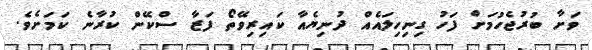
ވަށާ ބުރުޖެހުމަށް ފަހު ގިނިހިލައެއް ދުނިޔެއާ ކައިރިވޭތޯ ފަޒާ ސްކޭން ކުރާނެ ކަމަށެވެ.